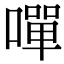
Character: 嘽